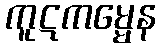
ကူဋကမ္မေန